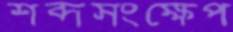
শব্দসংক্ষেপ